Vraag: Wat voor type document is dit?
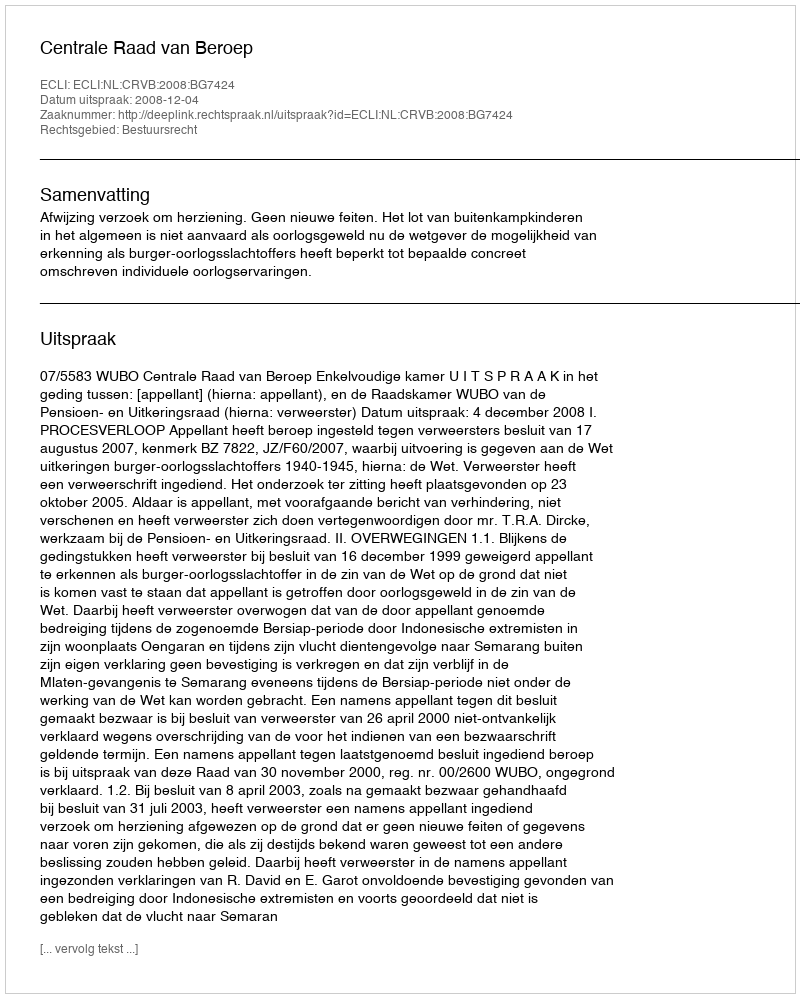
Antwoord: Uitspraak